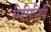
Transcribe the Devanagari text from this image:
मिसिनिपी